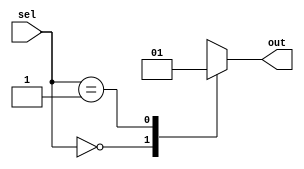
module casez_example (
    input wire [1:0] sel,
    output reg out
);

always @(*) begin
    casez(sel)
        2'b00: out = 1'b0;
        2'b01: out = 1'b1;
        2'b1?: out = 1'bX; // Wildcard don't-care condition
        default: out = 1'bz; 
    endcase
end

endmodule